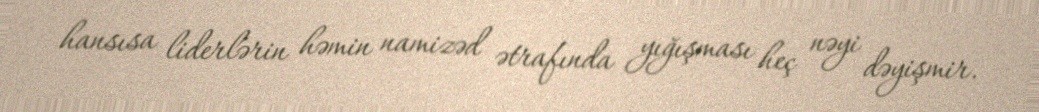
hansısa liderlərin həmin namizəd ətrafında yığışması heç nəyi dəyişmir.